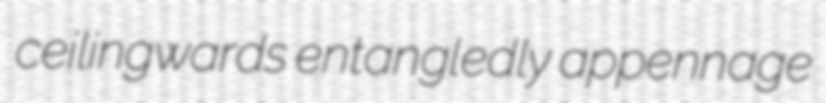
ceilingwards entangledly appennage